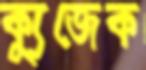
ক্যুজেক